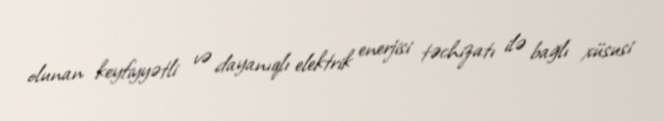
olunan keyfiyyətli və dayanıqlı elektrik enerjisi təchizatı ilə bağlı xüsusi